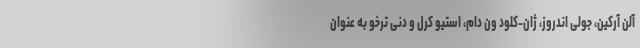
آلن آرکین، جولی اندروز، ژان-کلود ون دام، استیو کرل و دنی ترخو به عنوان